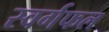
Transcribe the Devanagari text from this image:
स्वर्गफल